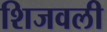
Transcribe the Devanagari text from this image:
शिजवली